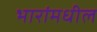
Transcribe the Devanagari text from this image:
भारांमधील